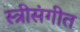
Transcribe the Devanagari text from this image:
स्त्रीसंगीत